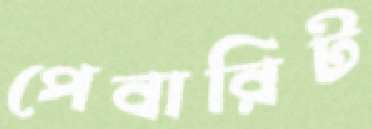
পেবারিট